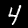
Label: 4